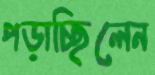
পড়াচ্ছিলেন